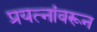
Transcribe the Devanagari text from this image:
प्रयत्‍नांवरून